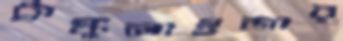
ট্রাঙ্কুলাইজার